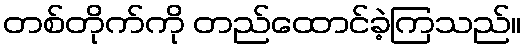
တစ်တိုက်ကို တည်ထောင်ခဲ့ကြသည်။